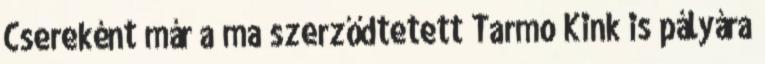
Csereként már a ma szerződtetett Tarmo Kink is pályára